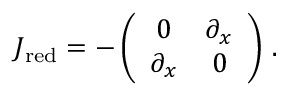
J _ { \mathrm { r e d } } = - \left( \begin{array} { c c } { 0 } & { \partial _ { x } } \\ { \partial _ { x } } & { 0 } \end{array} \right) \, .